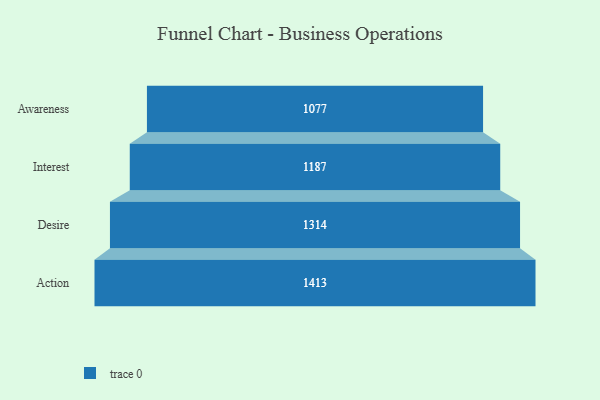
{"axis": {"x": "Stage", "y": "Value"}, "legend": [""], "data": [{"x": "Awareness", "y": 1077.0, "type": ""}, {"x": "Interest", "y": 1187.0, "type": ""}, {"x": "Desire", "y": 1314.0, "type": ""}, {"x": "Action", "y": 1413.0, "type": ""}]}